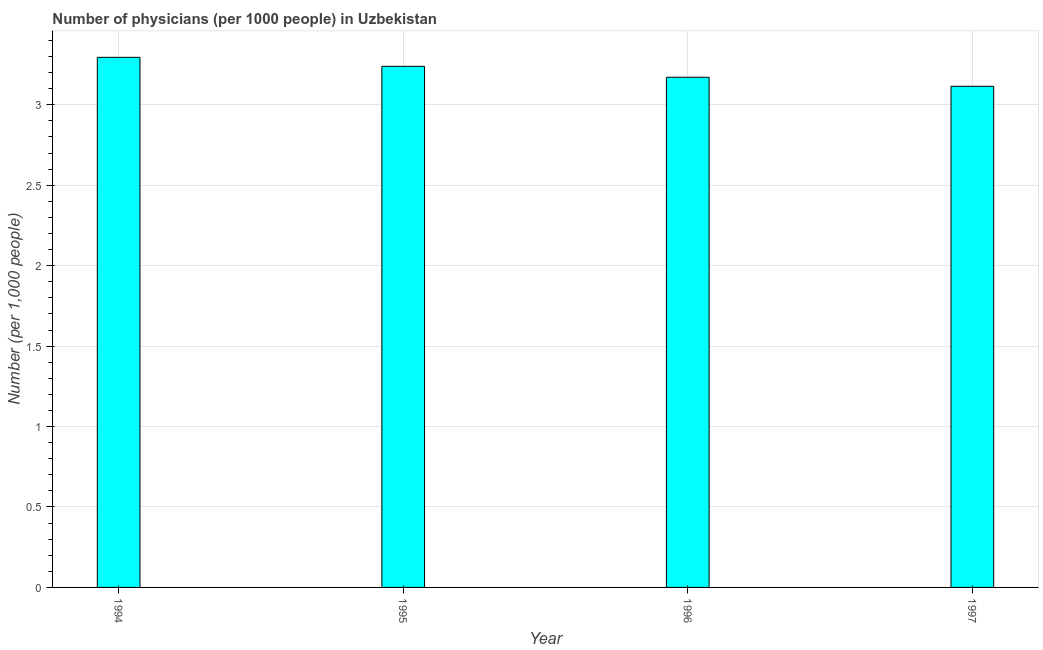
| Year | Physicians |
 | --- | --- |
 | 1994 | 3.3 |
 | 1995 | 3.24 |
 | 1996 | 3.17 |
 | 1997 | 3.12 |